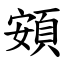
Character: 頞